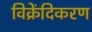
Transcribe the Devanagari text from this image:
विक्रेंदिकरण